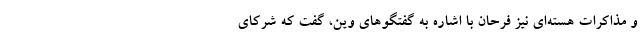
و مذاکرات هسته‌ای نیز فرحان با اشاره به گفتگوهای وین، گفت که شرکای